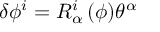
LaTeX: \delta \phi ^ { i } = R _ { \alpha } ^ { i } \, ( \phi ) \theta ^ { \alpha }